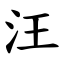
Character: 汪